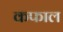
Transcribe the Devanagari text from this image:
कफाल